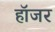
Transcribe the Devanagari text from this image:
हॉजर